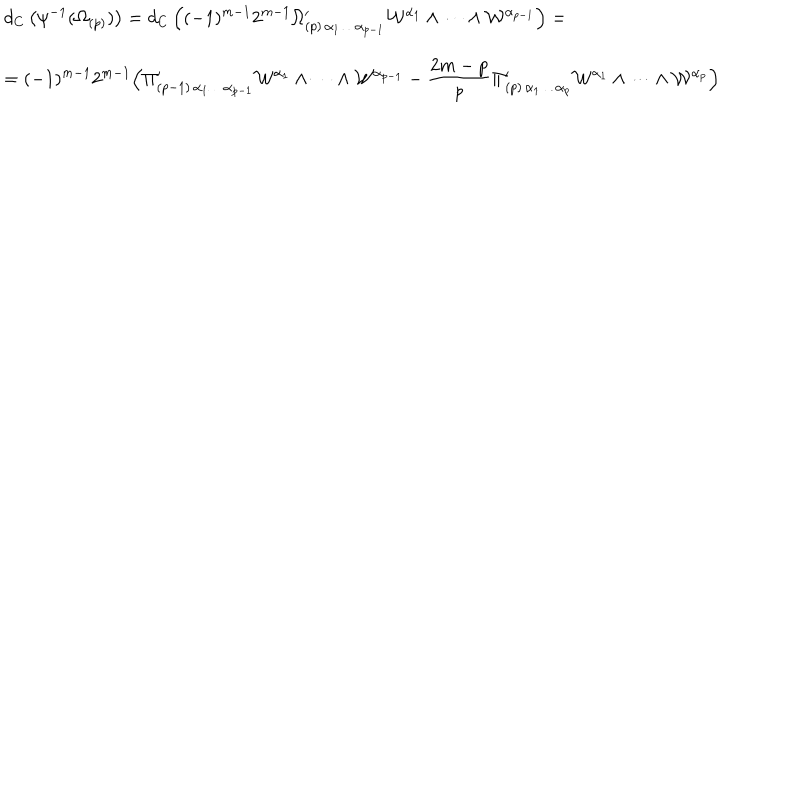
\begin{array} { l } { { \displaystyle d _ { C } \left( \psi ^ { - 1 } ( \Omega _ { ( p ) } ) \right) = d _ { C } \left( ( - 1 ) ^ { m - 1 } 2 ^ { m - 1 } \Omega _ { ( p ) \, \alpha _ { 1 } \dots \alpha _ { p - 1 } } ^ { \prime } \mathcal { W } ^ { \alpha _ { 1 } } \wedge \dots \wedge \mathcal { W } ^ { \alpha _ { p - 1 } } \right) = } } \\ { { \displaystyle = ( - 1 ) ^ { m - 1 } 2 ^ { m - 1 } \Bigl ( \Pi _ { ( p - 1 ) \, \alpha _ { 1 } \dots \alpha _ { p - 1 } } ^ { \prime } \mathcal { W } ^ { \alpha _ { 1 } } \wedge \dots \wedge \mathcal { W } ^ { \alpha _ { p - 1 } } - { \frac { 2 m - p } { p } } \Pi _ { ( p ) \, \alpha _ { 1 } \dots \alpha _ { p } } ^ { \prime } \mathcal { W } ^ { \alpha _ { 1 } } \wedge \dots \wedge \mathcal { W } ^ { \alpha _ { p } } \Bigr ) } } \\ \end{array}